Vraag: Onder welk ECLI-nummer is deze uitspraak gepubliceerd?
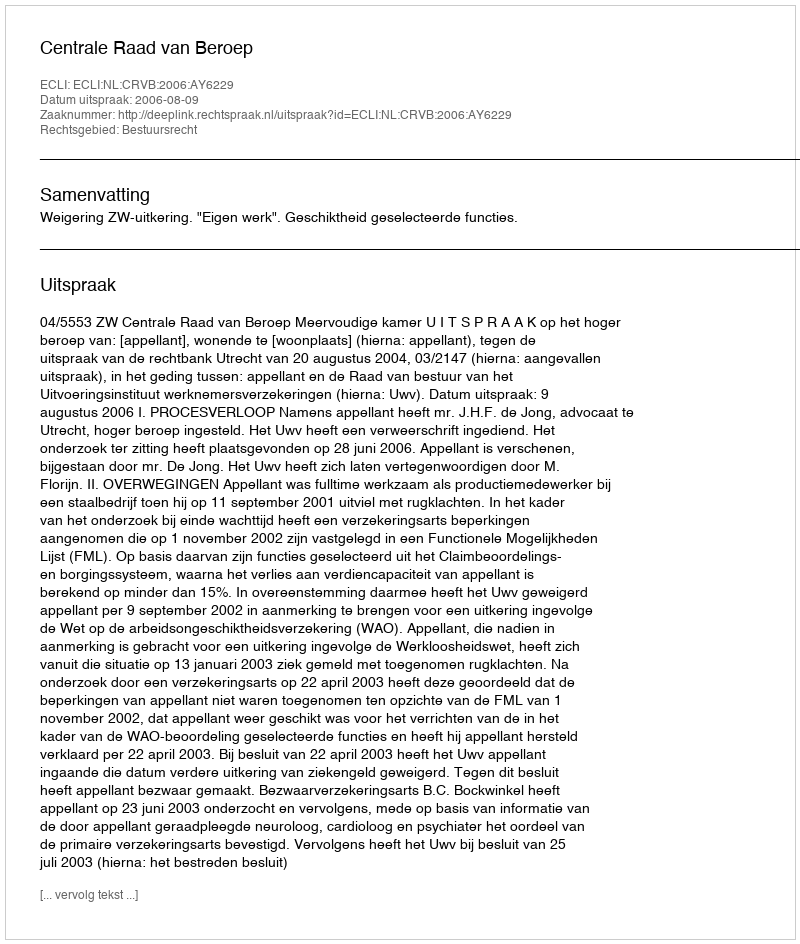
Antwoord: ECLI:NL:CRVB:2006:AY6229